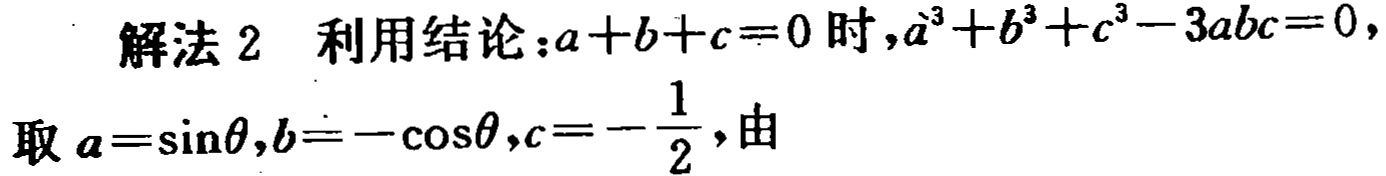
解法 2 利用结论：\(a + b + c = 0\) 时，\(a^{3}+b^{3}+c^{3}-3abc = 0\)，
取 \(a = \sin\theta,b = -\cos\theta,c = -\frac{1}{2}\)，由